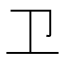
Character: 卫